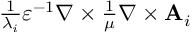
\begin{array} { r } { \frac { 1 } { \lambda _ { i } } \varepsilon ^ { - 1 } \nabla \times \frac { 1 } { \mu } \nabla \times \mathbf { A } _ { i } } \end{array}